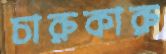
চারুকারু